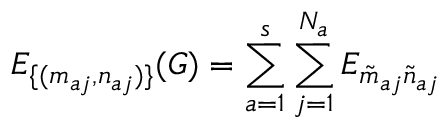
E _ { \{ ( m _ { a j } , n _ { a j } ) \} } ( G ) = \sum _ { a = 1 } ^ { s } \sum _ { j = 1 } ^ { N _ { a } } E _ { \tilde { m } _ { a j } \tilde { n } _ { a j } }